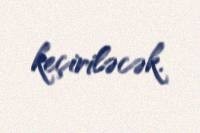
keçiriləcək.